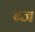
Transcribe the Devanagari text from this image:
ब्ज